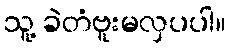
သူ့ ခဲတံဗူးမလှပပါ။